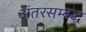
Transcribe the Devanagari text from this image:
अंतरसम्बद्ध